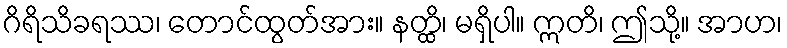
ဂိရိသိခရဿ၊ တောင်ထွတ်အား။ နတ္ထိ၊ မရှိပါ။ ဣတိ၊ ဤသို့။ အာဟ၊